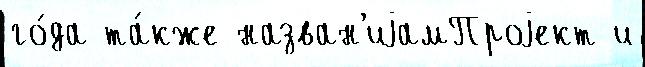
го́да та́кже назван'иjамПроjект и